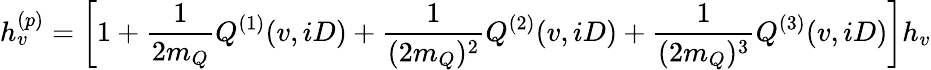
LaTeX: h_{v}^{(p)}=\biggl[1+\frac{1}{2m_{Q}}Q^{(1)}(v,iD)+\frac{1}{(2m_{Q})^{2}}Q^{(2)}(v,iD)+\frac{1}{(2m_{Q})^{3}}Q^{(3)}(v,iD)\biggr]h_{v}